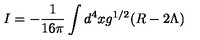
I = - { \frac { 1 } { 1 6 \pi } } \int d ^ { 4 } x g ^ { 1 / 2 } ( R - 2 \Lambda )